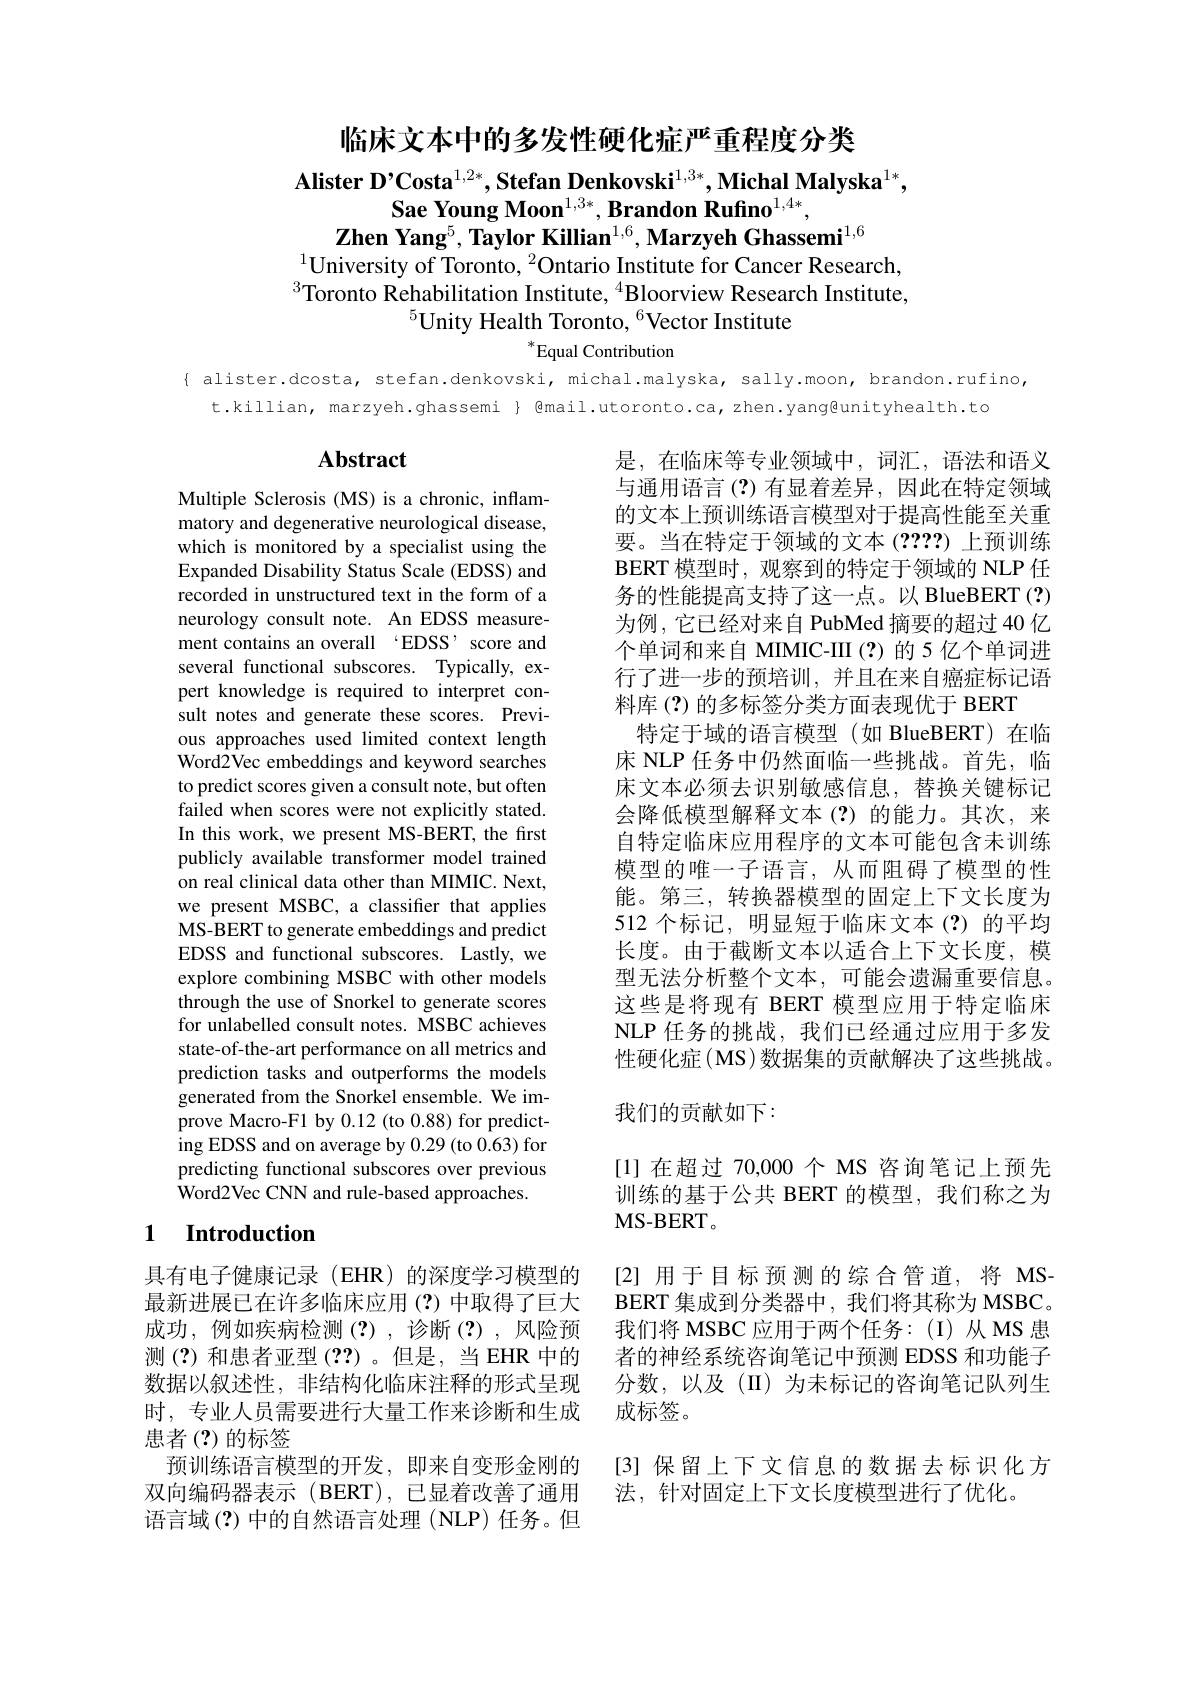
临床文本中的多发性硬化症严重程度分类

$\textbf{Alister D'Costa}^{1,2*},\textbf{Stefan Denkovski}^{1,3*},\textbf{Michal Malyska}^{1*}$,
Sae Young Moon$^{1,3*},\textbf{Brandon Rufino}^{1,4*}$,
Zhen Yang$^5$, Taylor Killian$^{1,6}$, Marzyeh Ghassemi$^{1,6}$
$^{1}$University of Toronto, $^2$Ontario Institute for Cancer Research, $^{3}$Toronto Rehabilitation Institute, $^{4}$Bloorview Research Institute,
$^{5}$Unity Health Toronto, $^{6}$Vector Institute

# $^*$Equal Contribution

{ alister.dcosta, stefan.denkovski, michal.malyska, sally.moon, brandon.rufino,
t.killian, marzyeh.ghassemi { @mail.utoronto.ca,zhen.yang@unityhealth.to

# Abstract

是，在临床等专业领域中，词汇，语法和语义与通用语言(?)有显着差异，因此在特定领域的文本上预训练语言模型对于提高性能至关重要。当在特定于领域的文本(????)上预训练BERT 模型时，观察到的特定于领域的 NLP 任务的性能提高支持了这一点。以 BlueBERT (?) 为例，它已经对来自 PubMed 摘要的超过 40 亿个单词和来自 MIMIC-III(?)的5亿个单词进行了进一步的预培训，并且在来自癌症标记语料库(?)的多标签分类方面表现优于 BERT
特定于域的语言模型(如 BlueBERT)在临床 NLP 任务中仍然面临一些挑战。首先，临床文本必须去识别敏感信息，替换关键标记会降低模型解释文本(?)的能力。其次，来自特定临床应用程序的文本可能包含未训练模型的唯一子语言，从而阻碍了模型的性能。第三，转换器模型的固定上下文长度为512 个标记，明显短于临床文本(?)的平均长度。由于截断文本以适合上下文长度，模型无法分析整个文本，可能会遗漏重要信息。这些是将现有 BERT 模型应用于特定临床NLP 任务的挑战，我们已经通过应用于多发性硬化症(MS)数据集的贡献解决了这些挑战。我们的贡献如下：

Multiple Sclerosis (MS) is a chronic, inflammatory and degenerative neurological disease, which is monitored by a specialist using the Expanded Disability Status Scale (EDSS) and recorded in unstructured text in the form of a neurology consult note. An EDSS measurement contains an overall ‘EDSS’ score and several functional subscores. Typically, expert knowledge is required to interpret consult notes and generate these scores. Previous approaches used limited context length Word2Vec embeddings and keyword searches to predict scores given a consult note, but often failed when scores were not explicitly stated. In this work, we present MS-BERT, the first publicly available transformer model trained on real clinical data other than MIMIC. Next, we present MSBC, a classifier that applies MS-BERT to generate embeddings and predict EDSS and functional subscores. Lastly, we explore combining MSBC with other models through the use of Snorkel to generate scores for unlabelled consult notes. MSBC achieves state-of-the-art performance on all metrics and prediction tasks and outperforms the models generated from the Snorkel ensemble. We improve Macro-F1 by 0.12 (to 0.88) for predicting EDSS and on average by 0.29 (to 0.63) for predicting functional subscores over previous $\hat{\mathrm{Word2Vec~CNN~and~rule-based~approaches.}}$

[1]在超过 70,000 个 MS 咨询笔记上预先

训练的基于公共 BERT 的模型，我们称之为

MS- BERT。

## 1 Introduction

[2]用于目标预测的综合管道，将 MS-

BERT 集成到分类器中，我们将其称为 MSBC。

我们将 MSBC 应用于两个任务：(I)从 MS 患

者的神经系统咨询笔记中预测 EDSS 和功能子

分数，以及(II)为未标记的咨询笔记队列生

具有电子健康记录(EHR)的深度学习模型的最新进展已在许多临床应用(?)中取得了巨大成功，例如疾病检测(?),诊断(?),风险预测(?)和患者亚型(??)。但是，当EHR 中的数据以叙述性，非结构化临床注释的形式呈现时，专业人员需要进行大量工作来诊断和生成患者(?)的标签
预训练语言模型的开发，即来自变形金刚的双向编码器表示(BERT),已显着改善了通用语言域(?)中的自然语言处理(NLP)任务。但

成标签。

[3] 保留上下文信息的数据去标识化方
法，针对固定上下文长度模型进行了优化。